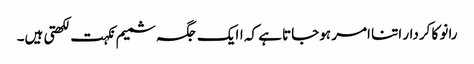
رانو کا کردار اتنا امر ہوجاتا ہے کہ اایک جگہ شمیم نکہت لکھتی ہیں۔